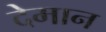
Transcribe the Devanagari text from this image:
देमान